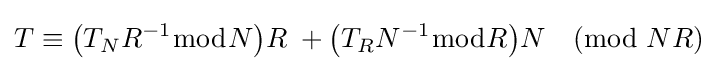
T\equiv {\bigl (}T_{N}R^{-1}{\bmod {N}}{\bigr )}R\;+{\bigl (}T_{R}N^{-1}{\bmod {R}}{\bigr )}N{\pmod {NR}}